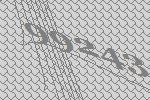
99243